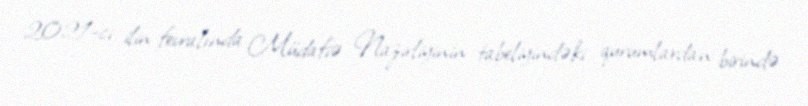
2021-ci ilin fevralında Müdafiə Nazirliyinin tabeliyindəki qurumlardan birində